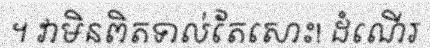
។ វាមិនពិតទាល់តែសោះ! ដំណើរ